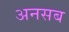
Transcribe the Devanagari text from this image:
अनसब